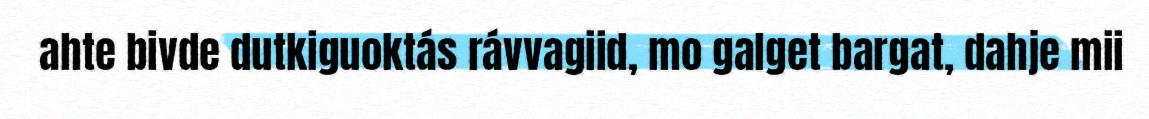
ahte bivde dutkiguoktás rávvagiid, mo galget bargat, dahje mii